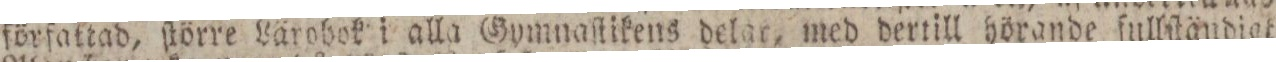
författad, ſtörre Lärobok i alla Gymnaſtikens delar, med dertill hörande fullſtändigt